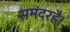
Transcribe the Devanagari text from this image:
समंदरहै।